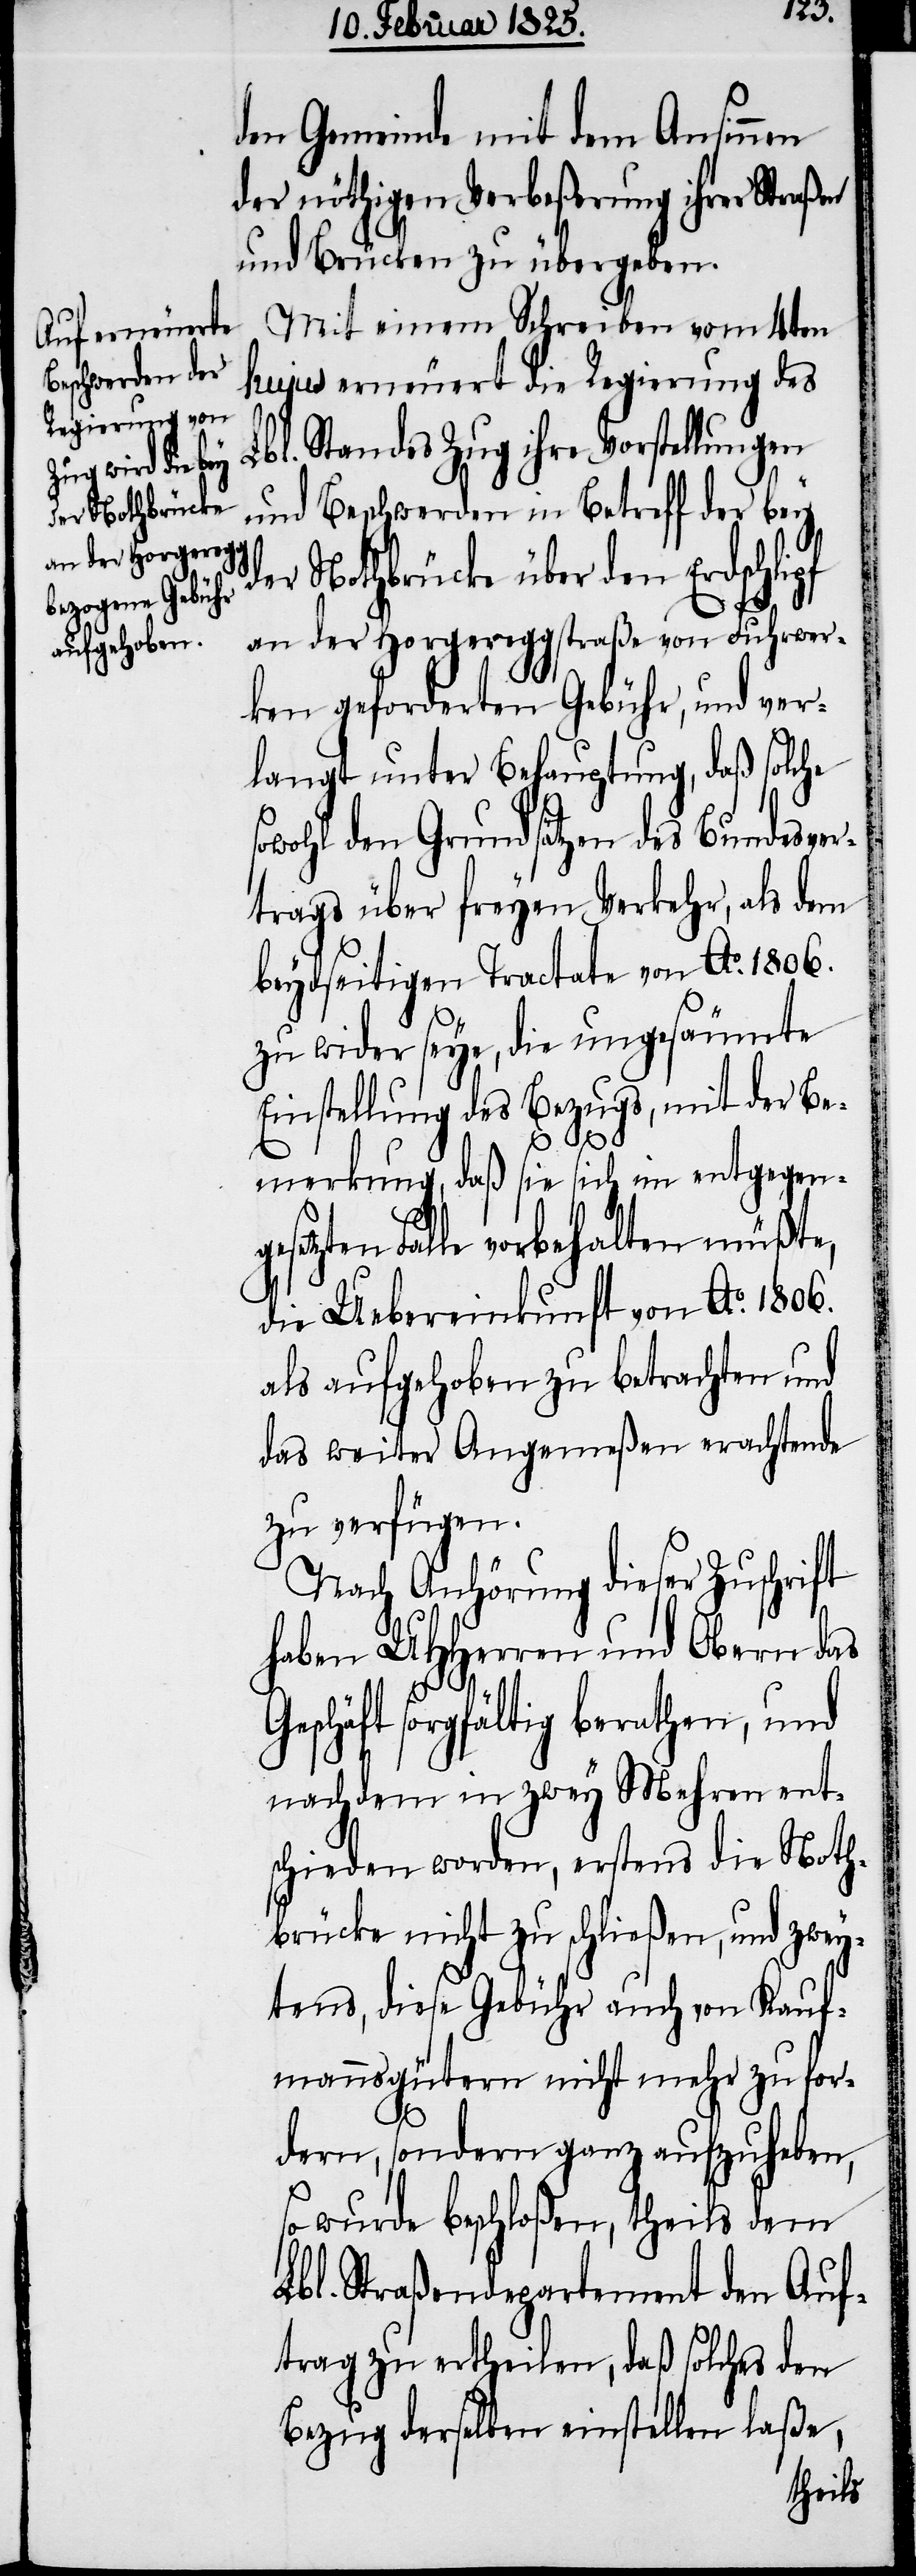
den Gemeinde mit dem Ansinnen
der nöthigen Verbeßerung ihrer Straßen
und Brücken zu übergeben.
Mit einem Schreiben vom 4ten
hujus erneuert die Regierung des
Lbl. Standes Zug ihre Vorstellungen
und Beschwerden in Betreff der bey
der Nothbrücke über den Erdschlipf
an der Horgereggstraße von Fuhrwer¬
ken geforderten Gebühr, und ver¬
langt unter Behauptung, daß solche
sowohl den Grundsätzen des Bundesver¬
trags über freyen Verkehr, als dem
beydseitigen Tractate von Ao. 1806.
zu wider seye, die ungesäumte
Einstellung des Bezugs, mit der Be¬
merkung, daß sie sich im entgegeng¬
esetzten Falle vorbehalten müßte,
die Uebereinkunft von Ao. 1806.
als aufgehoben zu betrachten und
das weiter Angemeßen erachtende
zu verfügen.
Nach Anhörung dieser Zuschrift
haben UHHerren und Obern das
Geschäft sorgfältig berathen, und
nachdem in zwey Mehren ent¬
schieden worden, erstens die Noth¬
brücke nicht zu schließen, und zwey¬
tens, diese Gebühr auch von Kauf¬
mannsgütern nicht mehr zu for¬
dern, sondern ganz aufzuheben,
so wurde beschloßen, theils dem
Lbl. Straßendepartement den Auf¬
trag zu ertheilen, daß solches den
Bezug derselben einstellen laße,